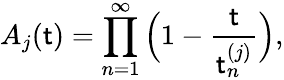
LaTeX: A_{j}(\mathsf{t})=\prod_{n=1}^{\infty}\Big(1-\frac{{\mathsf{t}}}{{\mathsf{t}_{n}^{(j)}}}\Big),